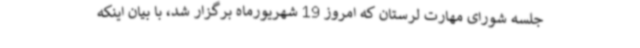
جلسه شورای مهارت لرستان که امروز 19 شهریورماه برگزار شد، با بیان اینکه